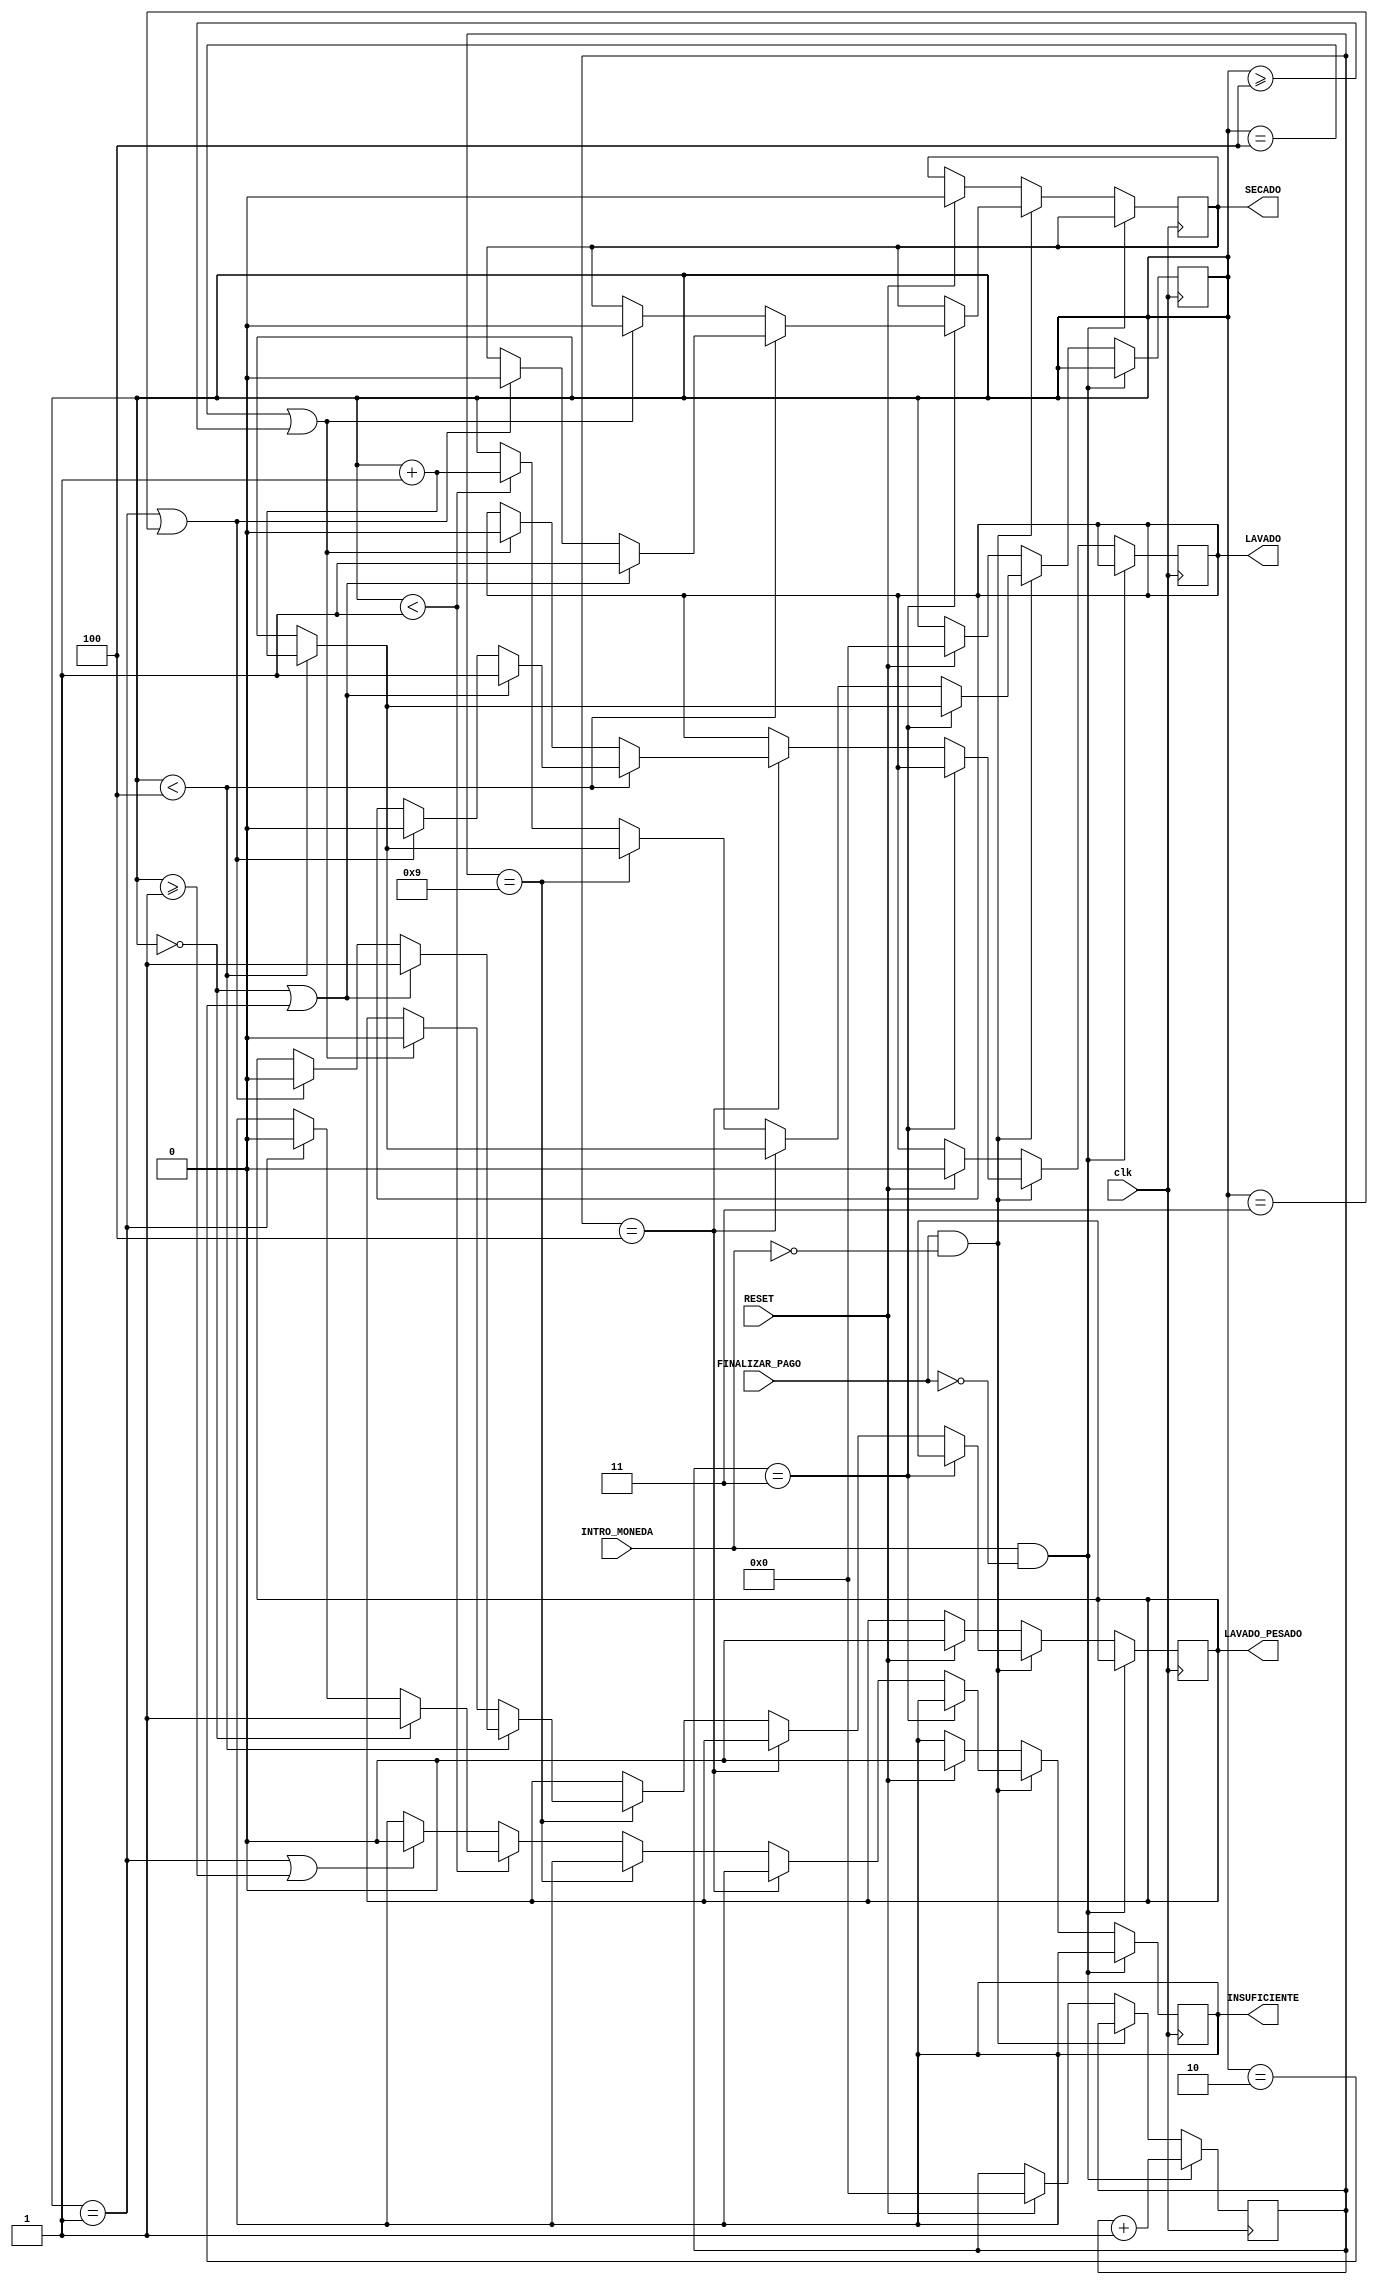
// Cdigo realizado por Alexa Lpez Marcos. Carnet B94353.
/*En este mdulo se definen los comportamientos de las salidas del sistema,
con respecto a las condiciones de entrada del sistema*/

module LavadoraDUT(
    input clk,                  // Reloj
    input INTRO_MONEDA,         // Seal de ingreso de monedas
    input FINALIZAR_PAGO,       // Botn de finalizar pago
    input RESET,                // Seal de reset
    output reg SECADO,          // Salida de secado
    output reg LAVADO,          // Salida de lavado
    output reg LAVADO_PESADO,   // Salida de lavado pesado
    output reg INSUFICIENTE     // Seal de insuficiencia
);

// Contadores
reg [4:0] VERIFICACION_PAGO;      // VERIFICACION_PAGO contador interno de la seal INTRO_MONEDA
reg [4:0] CONTADOR_PULSOS;        // Contador de la seal clk para generar pulsos

// Parametros de duracin de pulsos
parameter DURACION_PULSOS = 4;  // Duracin de los pulsos para las salidas SECADO, LAVADO y LAVADO_PESADO
parameter DURACION_PULSOS_INSU = 1; // Duracin de los pulsos para la salida INSUFICIENTE

// Asignacin inicial
initial begin
    /*Los valores de las seales de salida y de los contadores
    se inicializan en cero*/
    SECADO = 0;
    LAVADO = 0;
    LAVADO_PESADO = 0;
    INSUFICIENTE = 0;
    VERIFICACION_PAGO = 0;
    CONTADOR_PULSOS = 0;
end

// Parmetros de costos
parameter COSTO_SECADO = 3;
parameter COSTO_LAVADO = 4;
parameter COSTO_LAVADO_PESADO = 9;

always @(posedge clk) begin
    /*Si INTRO_MONEDA se enciende y FINALIZAR_PAGO esta apagado entonces,
    el contador VERIFICACION_PAGO aumenta en un valor*/
    if (INTRO_MONEDA && FINALIZAR_PAGO==0) begin
        VERIFICACION_PAGO <= VERIFICACION_PAGO + 1;
    //--------------------------------------------------------------------------
    /*Si FINALIZAR_PAGO esta encendida e INTRO_MONEDA esta apagada entonces,
    inician las condiciones activadas por el valor de VERIFICACION_PAGO*/
    end else if (FINALIZAR_PAGO && INTRO_MONEDA==0) begin
        if (VERIFICACION_PAGO==COSTO_SECADO) begin
            /*Cuando VERIFICACION_PAGO es igual a COSTO_SECADO entonces,
            se inicia la condicin que genera la salida de pulsos de la seal SECADO*/
            if (CONTADOR_PULSOS < DURACION_PULSOS) begin
                CONTADOR_PULSOS <= CONTADOR_PULSOS + 1;
                if (CONTADOR_PULSOS == 0 || CONTADOR_PULSOS == 2) begin
                    SECADO <= 1;
                end else if (CONTADOR_PULSOS == 1 || CONTADOR_PULSOS == 3) begin
                    SECADO <= 0;
                end
            end else if (CONTADOR_PULSOS == DURACION_PULSOS || CONTADOR_PULSOS >= DURACION_PULSOS) begin
                SECADO <= 0;
            end 
        end else if (VERIFICACION_PAGO==COSTO_LAVADO) begin
            /*Cuando VERIFICACION_PAGO es igual a COSTO_LAVADO entonces,
            se inicia la condicin que genera la salida de pulsos de la seal LAVADO*/
            if (CONTADOR_PULSOS < DURACION_PULSOS) begin
                CONTADOR_PULSOS <= CONTADOR_PULSOS + 1;
                if (CONTADOR_PULSOS == 0 || CONTADOR_PULSOS == 2) begin
                    LAVADO <= 1;
                end else if (CONTADOR_PULSOS == 1 || CONTADOR_PULSOS == 3) begin
                    LAVADO <= 0;
                end
            end else if (CONTADOR_PULSOS == DURACION_PULSOS || CONTADOR_PULSOS >= DURACION_PULSOS) begin
                LAVADO <= 0;
            end
        end else if (VERIFICACION_PAGO==COSTO_LAVADO_PESADO) begin
            /*Cuando VERIFICACION_PAGO es igual a COSTO_LAVADO_PESADO entonces,
            se inicia la condicin que genera la salida de pulsos de la seal LAVADO_PESADO*/
            if (CONTADOR_PULSOS < DURACION_PULSOS) begin
                CONTADOR_PULSOS <= CONTADOR_PULSOS + 1;
                if (CONTADOR_PULSOS == 0 || CONTADOR_PULSOS == 2) begin
                    LAVADO_PESADO <= 1;
                end else if (CONTADOR_PULSOS == 1 || CONTADOR_PULSOS == 3) begin
                    LAVADO_PESADO <= 0;
                end
            end else if (CONTADOR_PULSOS == DURACION_PULSOS || CONTADOR_PULSOS >= DURACION_PULSOS) begin
                LAVADO_PESADO <= 0;
            end 
        end else begin
            if (CONTADOR_PULSOS < DURACION_PULSOS_INSU) begin
                /*Cuando VERIFICACION_PAGO no es igual a ninguno de los costos entonces,
                se inicia la condicin que genera la salida de pulsos de la seal INSUFICIENTE*/
                CONTADOR_PULSOS <= CONTADOR_PULSOS + 1;
                if (CONTADOR_PULSOS == 0) begin
                     INSUFICIENTE <= 1;
                end else if (CONTADOR_PULSOS == 1) begin
                        INSUFICIENTE <= 0;
                end
            end else if (CONTADOR_PULSOS == DURACION_PULSOS_INSU || CONTADOR_PULSOS >= DURACION_PULSOS_INSU ) begin
                INSUFICIENTE <= 0;
            end 
        end
    end else if (RESET) begin
        /*Los valores de las seales de salida y de los contadores
        vuelven a su estado inicial*/
        SECADO <= 0;
        LAVADO <= 0;
        LAVADO_PESADO <= 0;
        INSUFICIENTE <= 0;
        VERIFICACION_PAGO <= 0;
        CONTADOR_PULSOS <= 0;
    end
end

endmodule